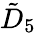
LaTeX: {\tilde{D}}_{5}